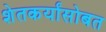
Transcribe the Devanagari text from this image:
शेतकर्यांसोबत